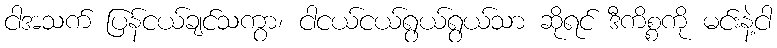
ငါအသက် ပြန်ငယ်ချင်သကွာ၊ ငါငယ်ငယ်ရွယ်ရွယ်သာ ဆိုရင် ဒီကိစ္စကို မင်းနဲ့ငါ